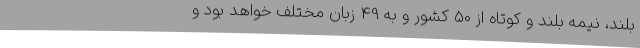
بلند، نیمه بلند و کوتاه از 50 کشور و به 49 زبان مختلف خواهد بود و